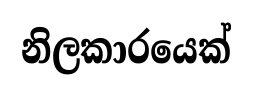
නිලකාරයෙක්